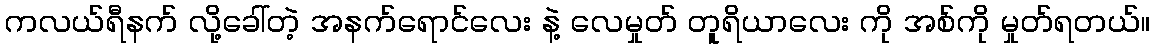
ကလယ်ရီနက် လို့ခေါ်တဲ့ အနက်ရောင်လေး နဲ့ လေမှုတ် တူရိယာလေး ကို အစ်ကို မှုတ်ရတယ်။